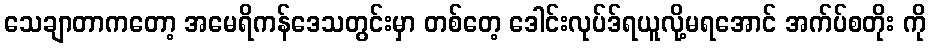
သေချာတာကတော့ အမေရိကန်ဒေသတွင်းမှာ တစ်တေ့ ဒေါင်းလုပ်ဒ်ရယူလို့မရအောင် အက်ပ်စတိုး ကို